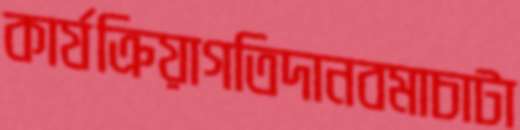
কার্যক্রিয়াগতিদানবমাচাটা